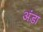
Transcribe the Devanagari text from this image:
अंड़ा